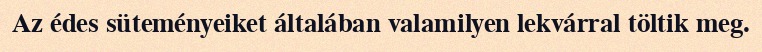
Az édes süteményeiket általában valamilyen lekvárral töltik meg.